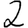
Digit: 2